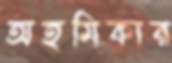
অহমিকার